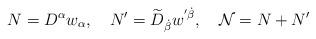
LaTeX: \begin{align*} N = D^\alpha w_\alpha, \quad N' = \widetilde{D}_{\dot{\beta}} w^{'\dot{\beta}}, \quad \mathcal{N} = N + N'\end{align*}